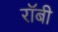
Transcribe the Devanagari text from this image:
राॅबी